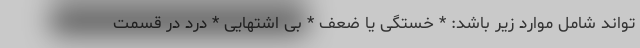
تواند شامل موارد زیر باشد: * خستگی یا ضعف * بی اشتهایی * درد در قسمت